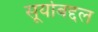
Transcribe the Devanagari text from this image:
सूर्याबद्दल